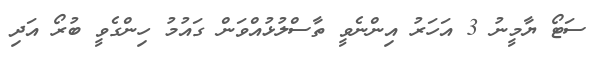
ސަޓޯ ޔާމީނު 3 އަހަރު އިންނެވީ ތާސްލުޅުއްވަން ގައުމު ހިންގެވީ ބުރޯ އަދި